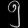
Digit: ၅